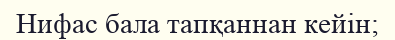
Нифас бала тапқаннан кейін;